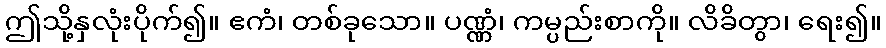
ဤသို့နှလုံးပိုက်၍။ ဧကံ၊ တစ်ခုသော။ ပဏ္ဏံ၊ ကမ္ပည်းစာကို။ လိခိတွာ၊ ရေး၍။